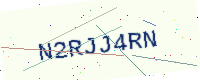
Text: N2RJJ4RN